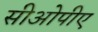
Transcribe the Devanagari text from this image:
सीओपीए